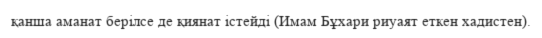
қанша аманат берілсе де қиянат істейді (Имам Бұхари риуаят еткен хадистен).